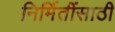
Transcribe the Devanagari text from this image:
निर्मितींसाठी